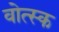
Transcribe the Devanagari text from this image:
वोत्स्क